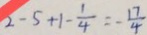
2 - 5 + 1 - \frac { 1 } { 4 } = - \frac { 1 7 } { 4 }